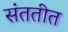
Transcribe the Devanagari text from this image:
संततीत